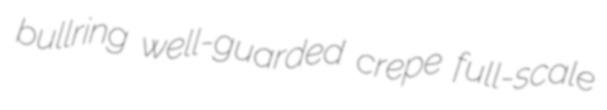
bullring well-guarded crepe full-scale